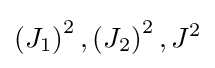
\left(J_{1}\right)^{2},\left(J_{2}\right)^{2},J^{2}